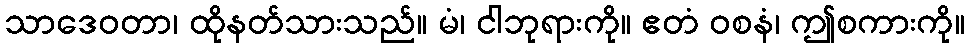
သာဒေဝတာ၊ ထိုနတ်သားသည်။ မံ၊ ငါဘုရားကို။ ဧတံ ဝစနံ၊ ဤစကားကို။